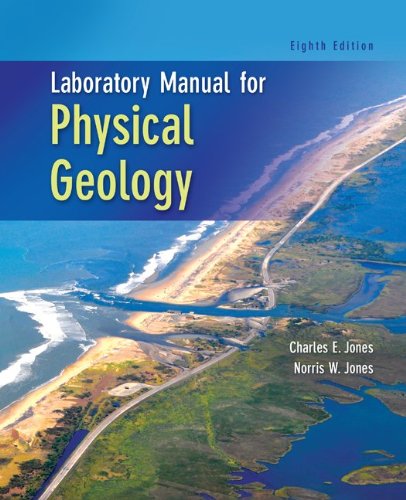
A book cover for Laboratory Manual for Physical Geology; Charles Jones; Science & Math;